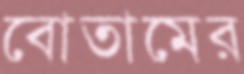
বোতামের